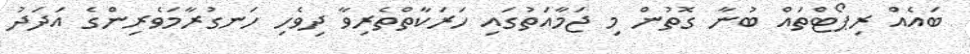
ބައެއް ރިޕޯޓްތައް ބުނާ ގޮތުން މި ޖަމާއަތުގައި ހަރަކާތްތެރިވާ ދިވެހި ހަނގުރާމަވެރިންގެ އަދަދު